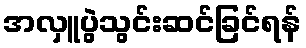
အလှူပွဲသွင်းဆင်ခြင်ရန်